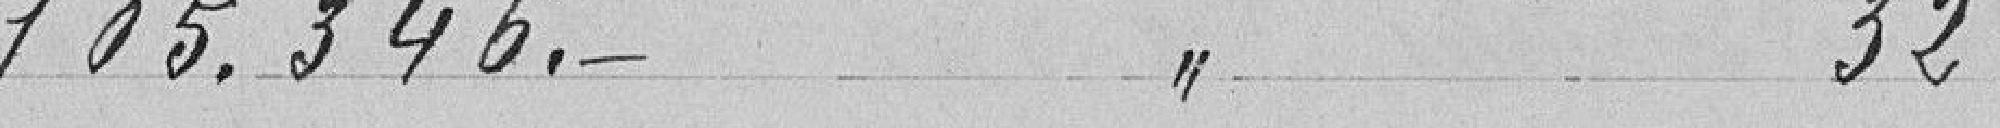
105.346 francs à l'article 32